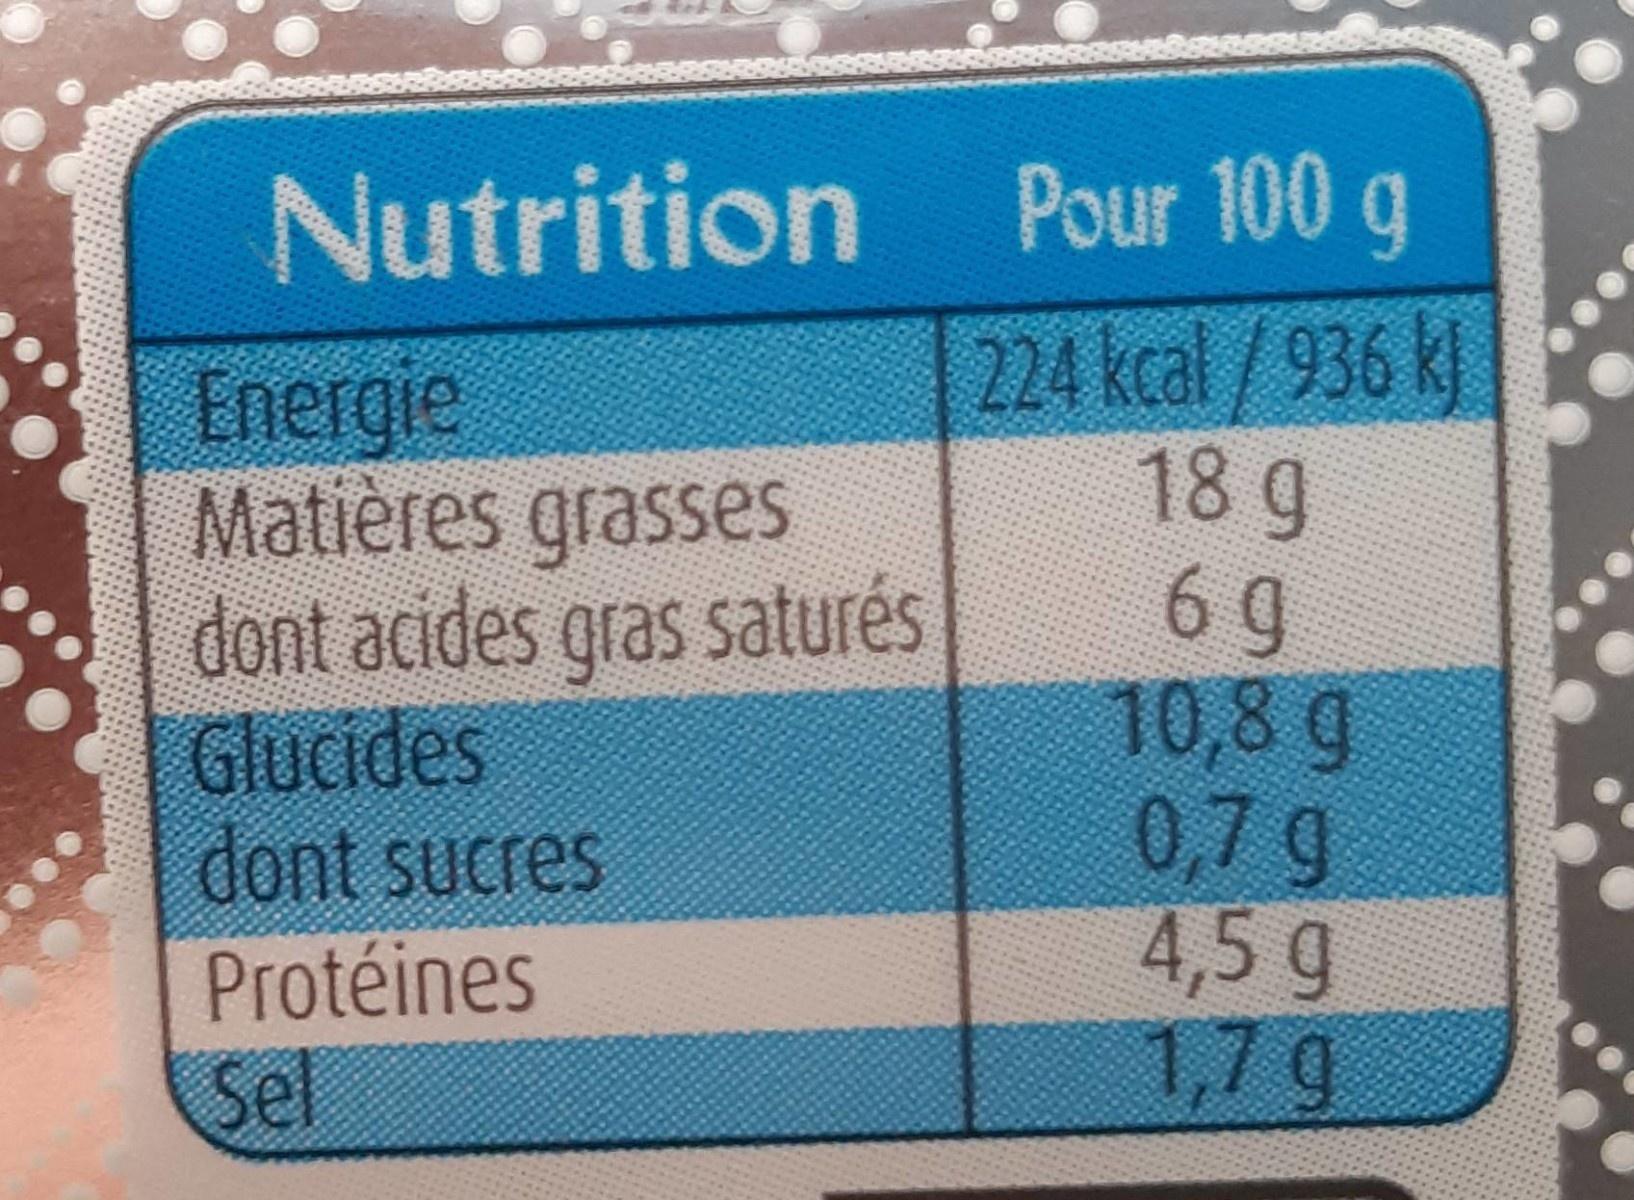
Nutrition
Pour 100 g
Energie Matières grasses dont acides gras saturés Glucides dont sucres
224 kcal/936 k 18g 6 9 10,8g 0,7g 4,5 g 1,7 g
Protéines
Sel